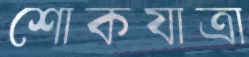
শোকযাত্রা